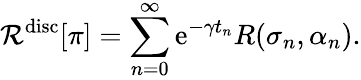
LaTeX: \mathcal{R}^{\mathrm{disc}}[\pi]=\sum_{n=0}^{\infty}\mathrm{e}^{-\gamma t_{n}}R(\sigma_{n},\alpha_{n}).